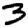
Digit: 3